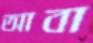
আবা